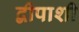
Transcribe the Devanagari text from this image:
द्वीपाशी